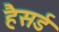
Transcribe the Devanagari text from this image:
हैसर्ड